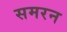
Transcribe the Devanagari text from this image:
समरन